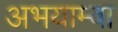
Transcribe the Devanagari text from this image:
अभयाम्बा